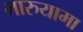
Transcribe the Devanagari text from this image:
मारुयामा